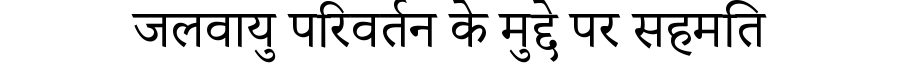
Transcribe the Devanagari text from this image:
जलवायु परिवर्तन के मुद्दे पर सहमति